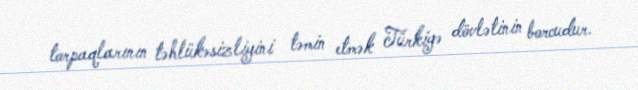
torpaqlarının təhlükəsizliyini təmin etmək Türkiyə dövlətinin borcudur.